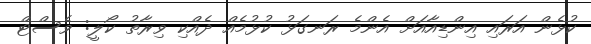
ކުޅެން އަރައި އިންޑިއާއަށް އެންމެ ރަނގަޅު ކުޅުމެއް ދެއްކި ވިރާތު ކޯލީ: ވެސްޓް